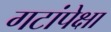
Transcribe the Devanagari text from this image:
गटांपेक्षा